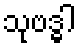
သုဗဒ္ဓါ